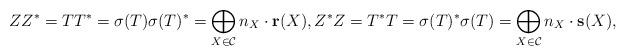
LaTeX: \begin{align*}ZZ^* = TT^*= \sigma (T)\sigma (T)^*= \bigoplus _{X\in \mathcal C} n_X \cdot {\bf r}(X), Z^*Z = T^*T = \sigma (T)^* \sigma (T) = \bigoplus _{X\in \mathcal C} n_X \cdot {\bf s}(X),\end{align*}